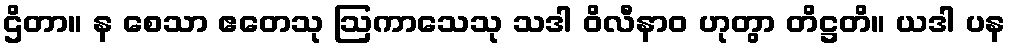
ဌိတာ။ န စေသာ ဧတေသု ဩကာသေသု သဒါ ဝိလီနာဝ ဟုတွာ တိဋ္ဌတိ။ ယဒါ ပန